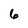
Character: 6